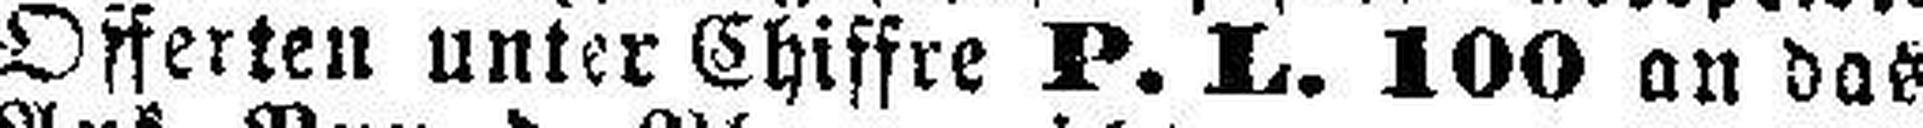
Offerten unter Chiffre P. L. 100 an das